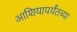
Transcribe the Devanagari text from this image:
आशियापर्यंतच्या